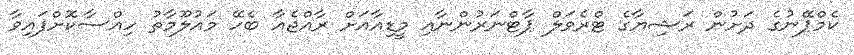
ކެމްޕޭނުގެ ދަށުން ރަޝިޔާގެ ޓްރެވަލް ޕާޓްނަރުންނާއި މީޑިއާއަށް ރާއްޖެއާ ބެހޭ މައުލޫމާތު ހިއްސާކޮށްފައިވާ